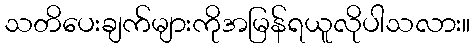
သတိပေးချက်များကိုအမြန်ရယူလိုပါသလား။